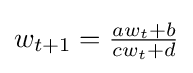
w_{t+1}={\tfrac {aw_{t}+b}{cw_{t}+d}}